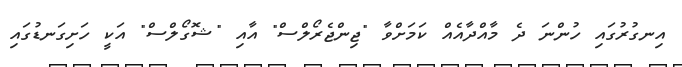
އިނގުރުގައި ހުންނަ ދެ މާއްދާއެއް ކަމަށްވާ "ޖިންޖެރޯލްސް" އާއި "ޝޮގޯލްސް" އަކީ ހަށިގަނޑުގައި